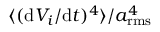
\langle ( \mathrm { d } V _ { i } / \mathrm { d } t ) ^ { 4 } \rangle / a _ { \mathrm { r m s } } ^ { 4 }